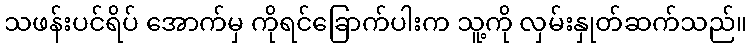
သဖန်းပင်ရိပ် အောက်မှ ကိုရင်ခြောက်ပါးက သူ့ကို လှမ်းနှုတ်ဆက်သည်။